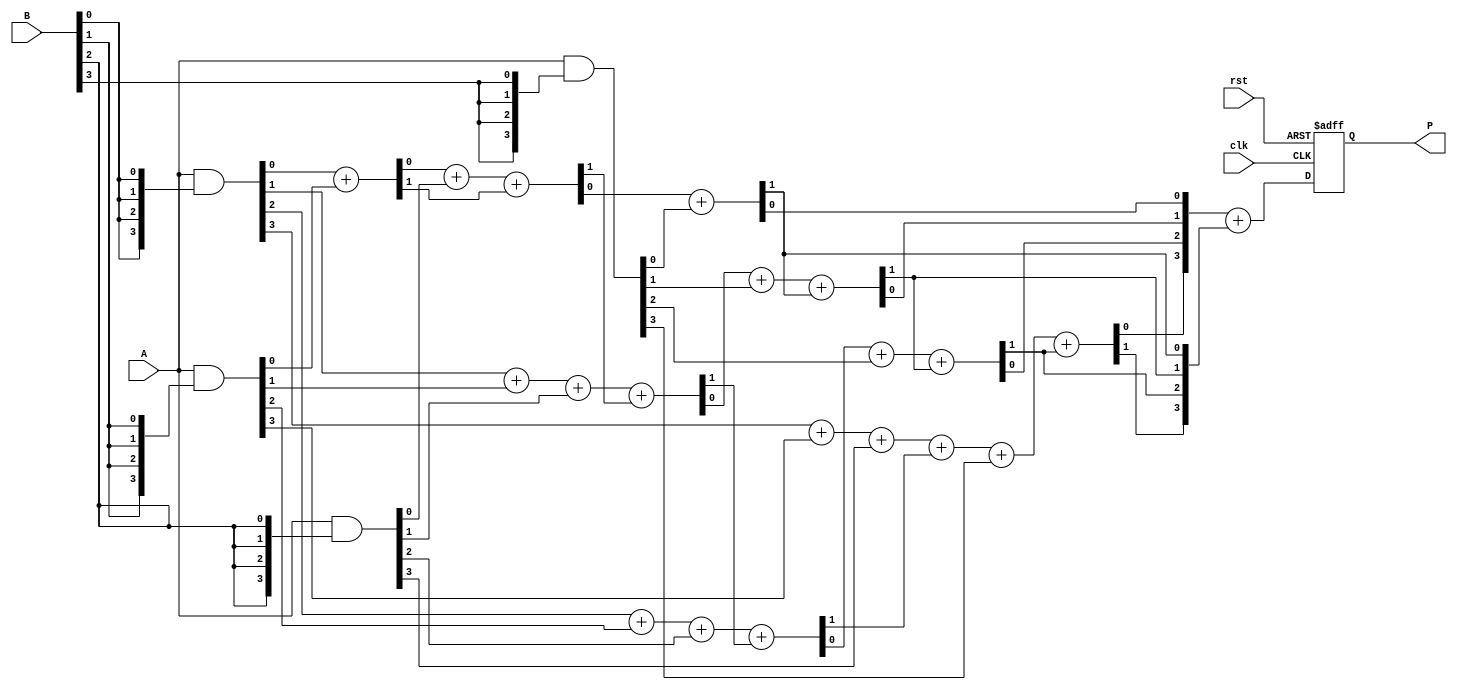
module wallace_tree_multiplier (
    input wire clk,
    input wire rst,
    input wire [3:0] A,
    input wire [3:0] B,
    output reg [7:0] P
);

    // Partial products
    wire [3:0] pp[3:0]; // 4 partial products
    assign pp[0] = A & {4{B[0]}};
    assign pp[1] = A & {4{B[1]}};
    assign pp[2] = A & {4{B[2]}};
    assign pp[3] = A & {4{B[3]}};

    // Intermediate sums and carries
    wire [7:0] sum[2:0];
    wire [7:0] carry[2:0];

    // First stage of reduction (using half and full adders)
    // Level 1
    wire [3:0] h1_sum, h1_carry;
    wire [3:0] f1_sum, f1_carry;

    // Half adders
    assign {h1_carry[0], h1_sum[0]} = pp[0][0] + pp[1][0];
    assign {h1_carry[1], h1_sum[1]} = pp[0][1] + pp[1][1];
    assign {h1_carry[2], h1_sum[2]} = pp[0][2] + pp[1][2];
    assign {h1_carry[3], h1_sum[3]} = pp[0][3] + pp[1][3];

    // Full adders
    assign {f1_carry[0], f1_sum[0]} = h1_sum[0] + pp[2][0] + h1_carry[0];
    assign {f1_carry[1], f1_sum[1]} = h1_sum[1] + pp[2][1] + f1_carry[0];
    assign {f1_carry[2], f1_sum[2]} = h1_sum[2] + pp[2][2] + f1_carry[1];
    assign {f1_carry[3], f1_sum[3]} = h1_sum[3] + pp[2][3] + f1_carry[2];

    // Level 2
    wire [7:0] sum2, carry2;
    assign {carry2[0], sum2[0]} = f1_sum[0] + pp[3][0];
    assign {carry2[1], sum2[1]} = f1_sum[1] + pp[3][1] + carry2[0];
    assign {carry2[2], sum2[2]} = f1_sum[2] + pp[3][2] + carry2[1];
    assign {carry2[3], sum2[3]} = f1_sum[3] + pp[3][3] + carry2[2];

    // Final addition
    always @(posedge clk or posedge rst) begin
        if (rst) begin
            P <= 8'b0;
        end else begin
            P <= sum2 + carry2; // Final product
        end
    end

endmodule